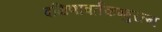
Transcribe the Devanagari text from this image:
दक्षिणावर्तकम्बुरत्न